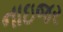
નાઇજર